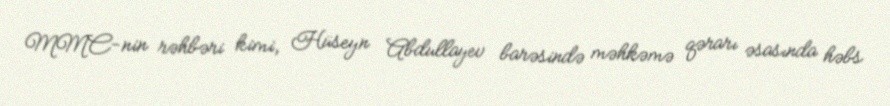
MMC-nin rəhbəri kimi, Hüseyn Abdullayev barəsində məhkəmə qərarı əsasında həbs